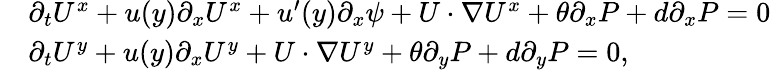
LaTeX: \begin{array}{rl}&{\partial_{t}U^{x}+u(y)\partial_{x}U^{x}+u^{\prime}(y)\partial_{x}\psi+U\cdot\nabla U^{x}+\theta\partial_{x}P+d\partial_{x}P=0}\\ &{\partial_{t}U^{y}+u(y)\partial_{x}U^{y}+U\cdot\nabla U^{y}+\theta\partial_{y}P+d\partial_{y}P=0,}\end{array}